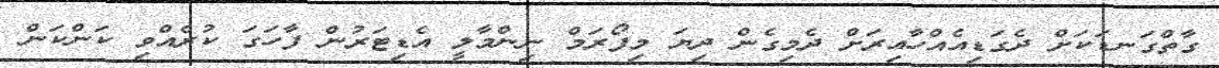
ގާތްގަނޑަކަށް ދެގަޑިއެއްހާއިރަށް ދެމިގެން ދިޔަ މިފޯރަމް ނިންމާލީ އެޑިޓަރުން ފާހަގަ ކުރެއްވި ކަންކަން